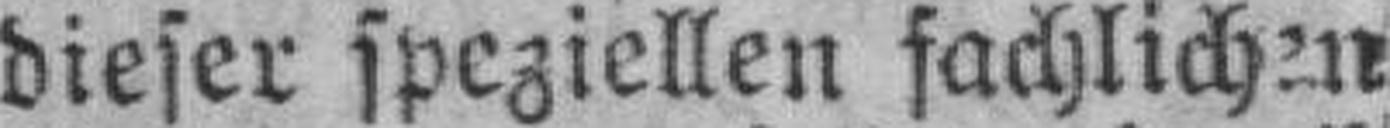
dieser speziellen fachlichen